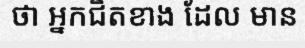
ថា អ្នកជិតខាង ដែល មាន